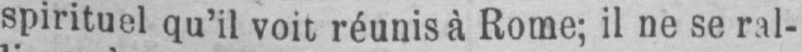
spirituel qu’il voit réunis à Rome; il ne se ral-